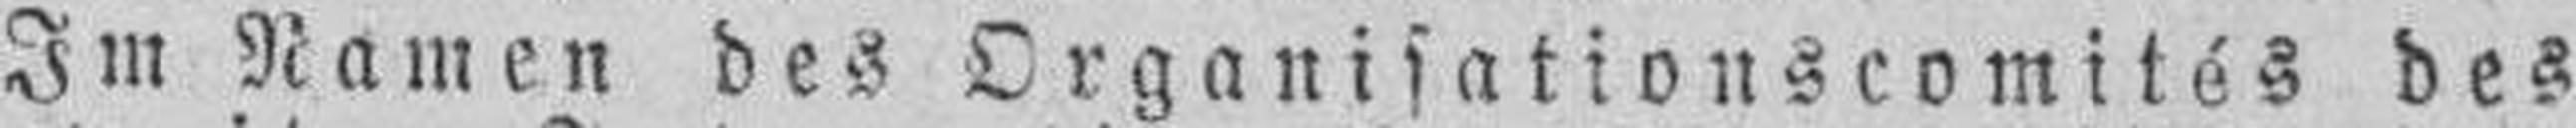
Im Namen des Organisationscomités des